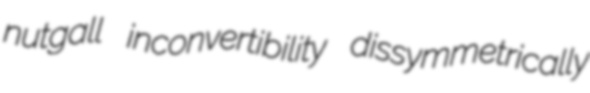
nutgall inconvertibility dissymmetrically